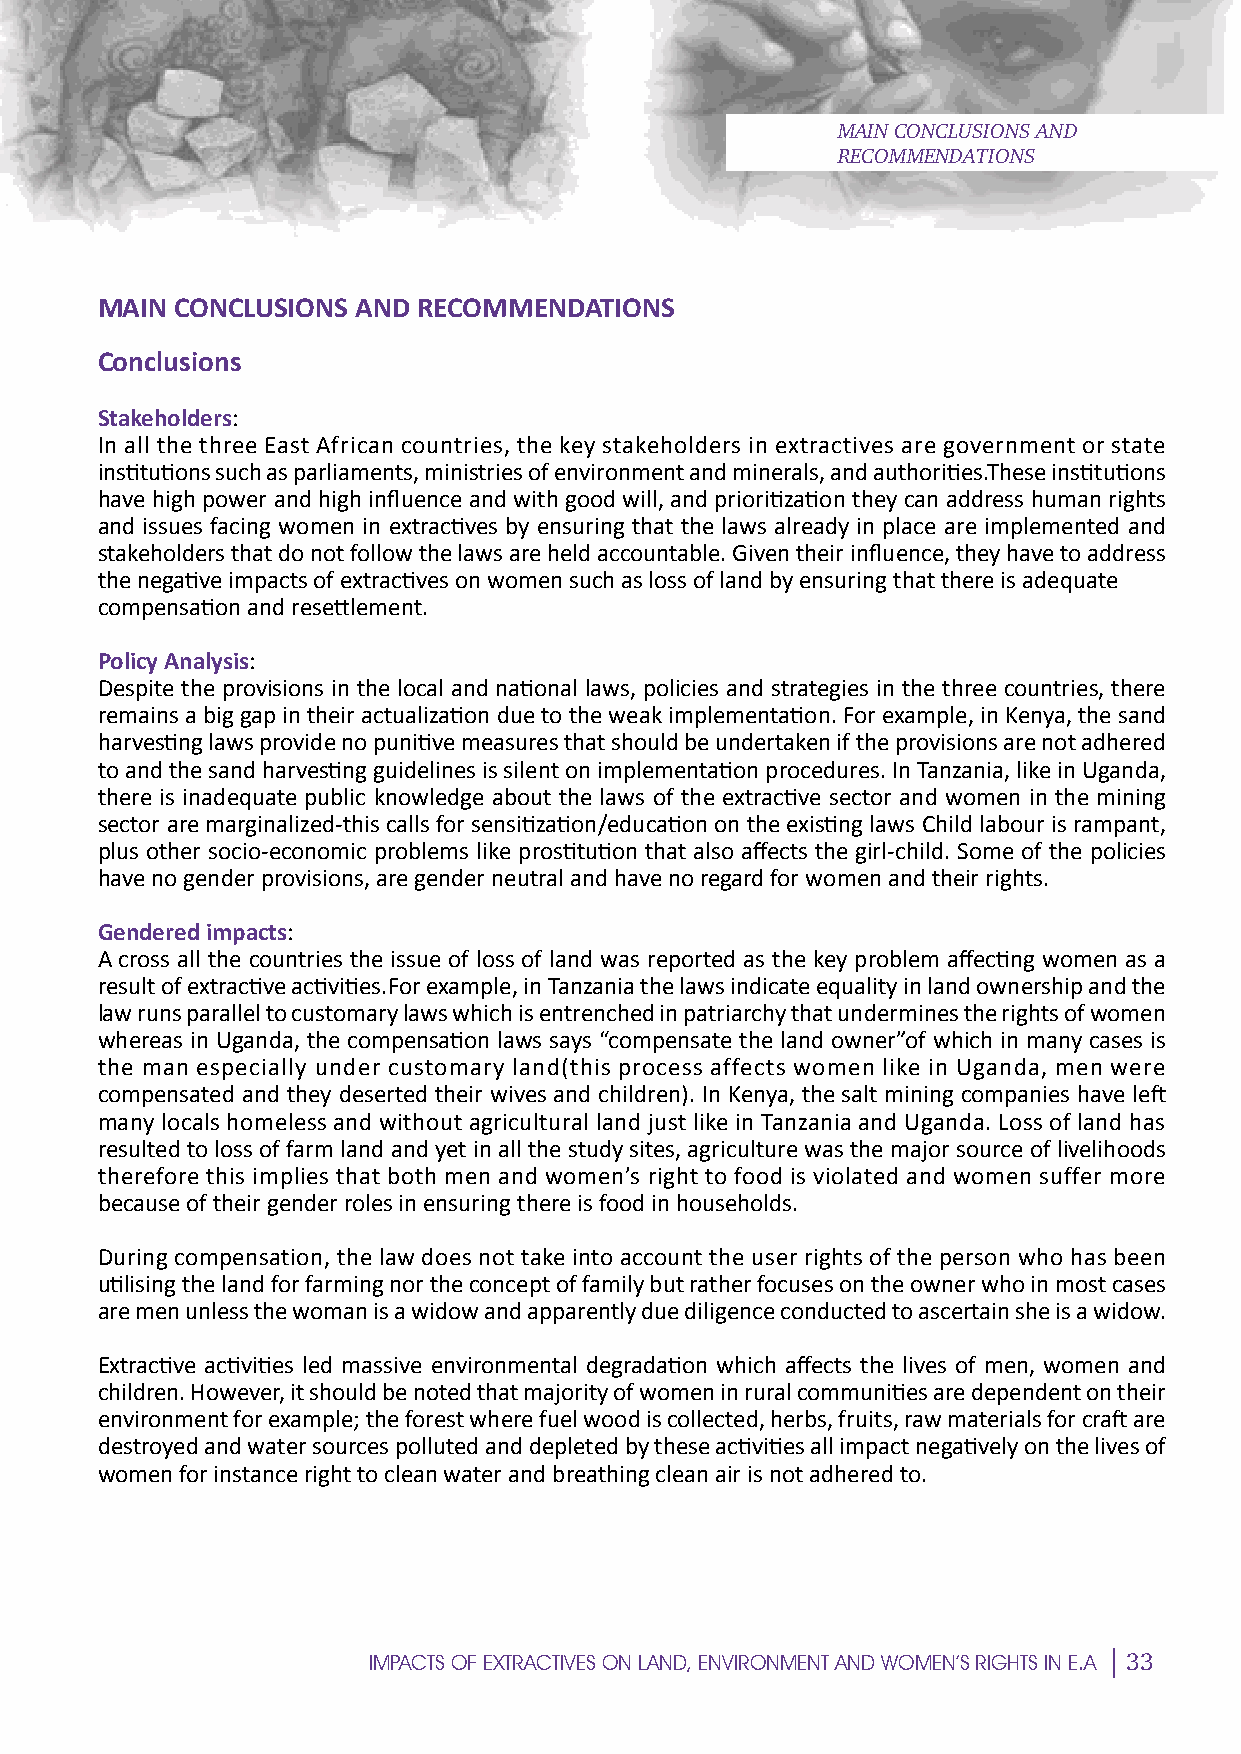
MAIN CONCLUSIONS AND
 RECOMMENDATIONS
 SMAIN    CONCLUSIONS AND RECOMMENDATIONS
 Conclusions
 Stakeholders:
 In all Pthe three East African countries, the key stakeholders in extractives are government or state
 institutions such as parliaments, ministries of environment and minerals, and authorities.These institutions
 have high power and high influence and with good will, and prioritization they can address human rights
 and issues facing women in extractives by ensuring that the laws already in place are implemented and
 stakeholders that do not follow the laws are held accountable. Given their influence, they have to address
 the negative impacts of extractives on women such as loss of land by ensuring that there is adequate
 compensation aEnd resettlement.
 Policy Analysis:
 Despite the provisions in the local and national laws, policies and strategies in the three countries, there
 remains a big gap in their actualization due to the weak implementation. For example, in Kenya, the sand
 harvesting laws provide no punitive measures that should be undertaken if the provisions are not adhered
 C
 to and the sand harvesting guidelines is silent on implementation procedures. In Tanzania, like in Uganda,
 there is inadequate public knowledge about the laws of the extractive sector and women in the mining
 sector are marginalized-this calls for sensitization/education on the existing laws Child labour is rampant,
 plus other socio-economic problems lIike prostitution that also affects the girl-child. Some of the policies
 have no gender provisions, are gender neutral and have no regard for women and their rights.
 Gendered impacts:
 A cross all the countries the issue of loss of land was reported as the key problem affecting women as a
 result of extractive activities.For example, in Tanzania the laws indicate equality in land ownership and the
 E
 law runs parallel to customary laws which is entrenched in patriarchy that undermines the rights of women
 whereas in Uganda, the compensation laws says “compensate the land owner”of which in many cases is
 the man especially under customary land(this process affects women like in Uganda, men were
 compensated and they deserted their wives and children). In Kenya, the salt mining companies have left
 many locals homeless and without agricultural land just like in Tanzania and Uganda. Loss of land has
 resulted to loss of farm land and yet in all the study siMtes, agriculture was the major source of livelihoods
 therefore this implies that both men and women’s right to food is violated and women suffer more
 because of their gender roles in ensuring there is food in households.
 During compensation, the law does not take into account the user rights of the person who has been
 utilising the land for farming nor the concept of family but rather focuses on the owner who in most cases
 are men unless the woman is a widow and apparently due diligence conducted to ascertain she is a widow.
 E
 Extractive activities led massive environmental degradation which affects the lives of men, women and
 children. However, it should be noted that majority of women in rural communities are dependent on their
 environment for example; the forest where fuel wood is collected, herbs, fruits, raw materials for craft are
 destroyed and water sources polluted and depleted by these activities all impact negatively on the lives of
 women for instance right to clean water and breathing clean air is not adhered to.
 N
 33
 IMPACTS OF EXTRACTIVES ON LAND, ENVIRONMENT AND WOMEN’S RIGHTS IN E.A